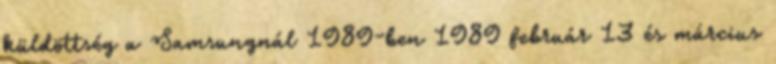
küldöttség a Samsungnál 1989-ben 1989 február 13 és március